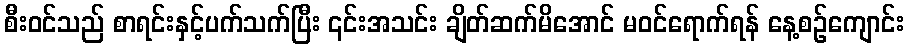
စီး၀င်သည် စာရင်းနှင့်ပက်သက်ပြီး ၎င်းအသင်း ချိတ်ဆက်မိအောင် မဝင်ရောက်ရန် နေ့စဉ်ကျောင်း